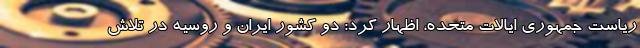
ریاست جمهوری ایالات متحده، اظهار کرد: دو کشور ایران و روسیه در تلاش